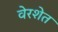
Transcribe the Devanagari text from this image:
वेरशेत